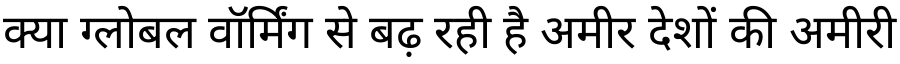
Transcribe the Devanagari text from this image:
क्या ग्लोबल वॉर्मिंग से बढ़ रही है अमीर देशों की अमीरी